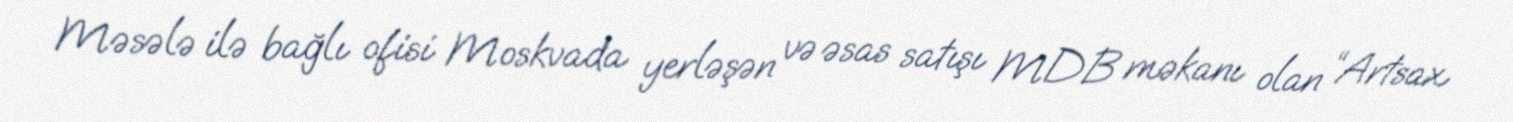
Məsələ ilə bağlı ofisi Moskvada yerləşən və əsas satışı MDB məkanı olan “Artsax